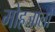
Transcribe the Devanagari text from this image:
मोहजालों